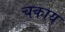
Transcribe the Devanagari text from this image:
चकाय